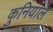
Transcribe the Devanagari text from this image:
कुनियाल